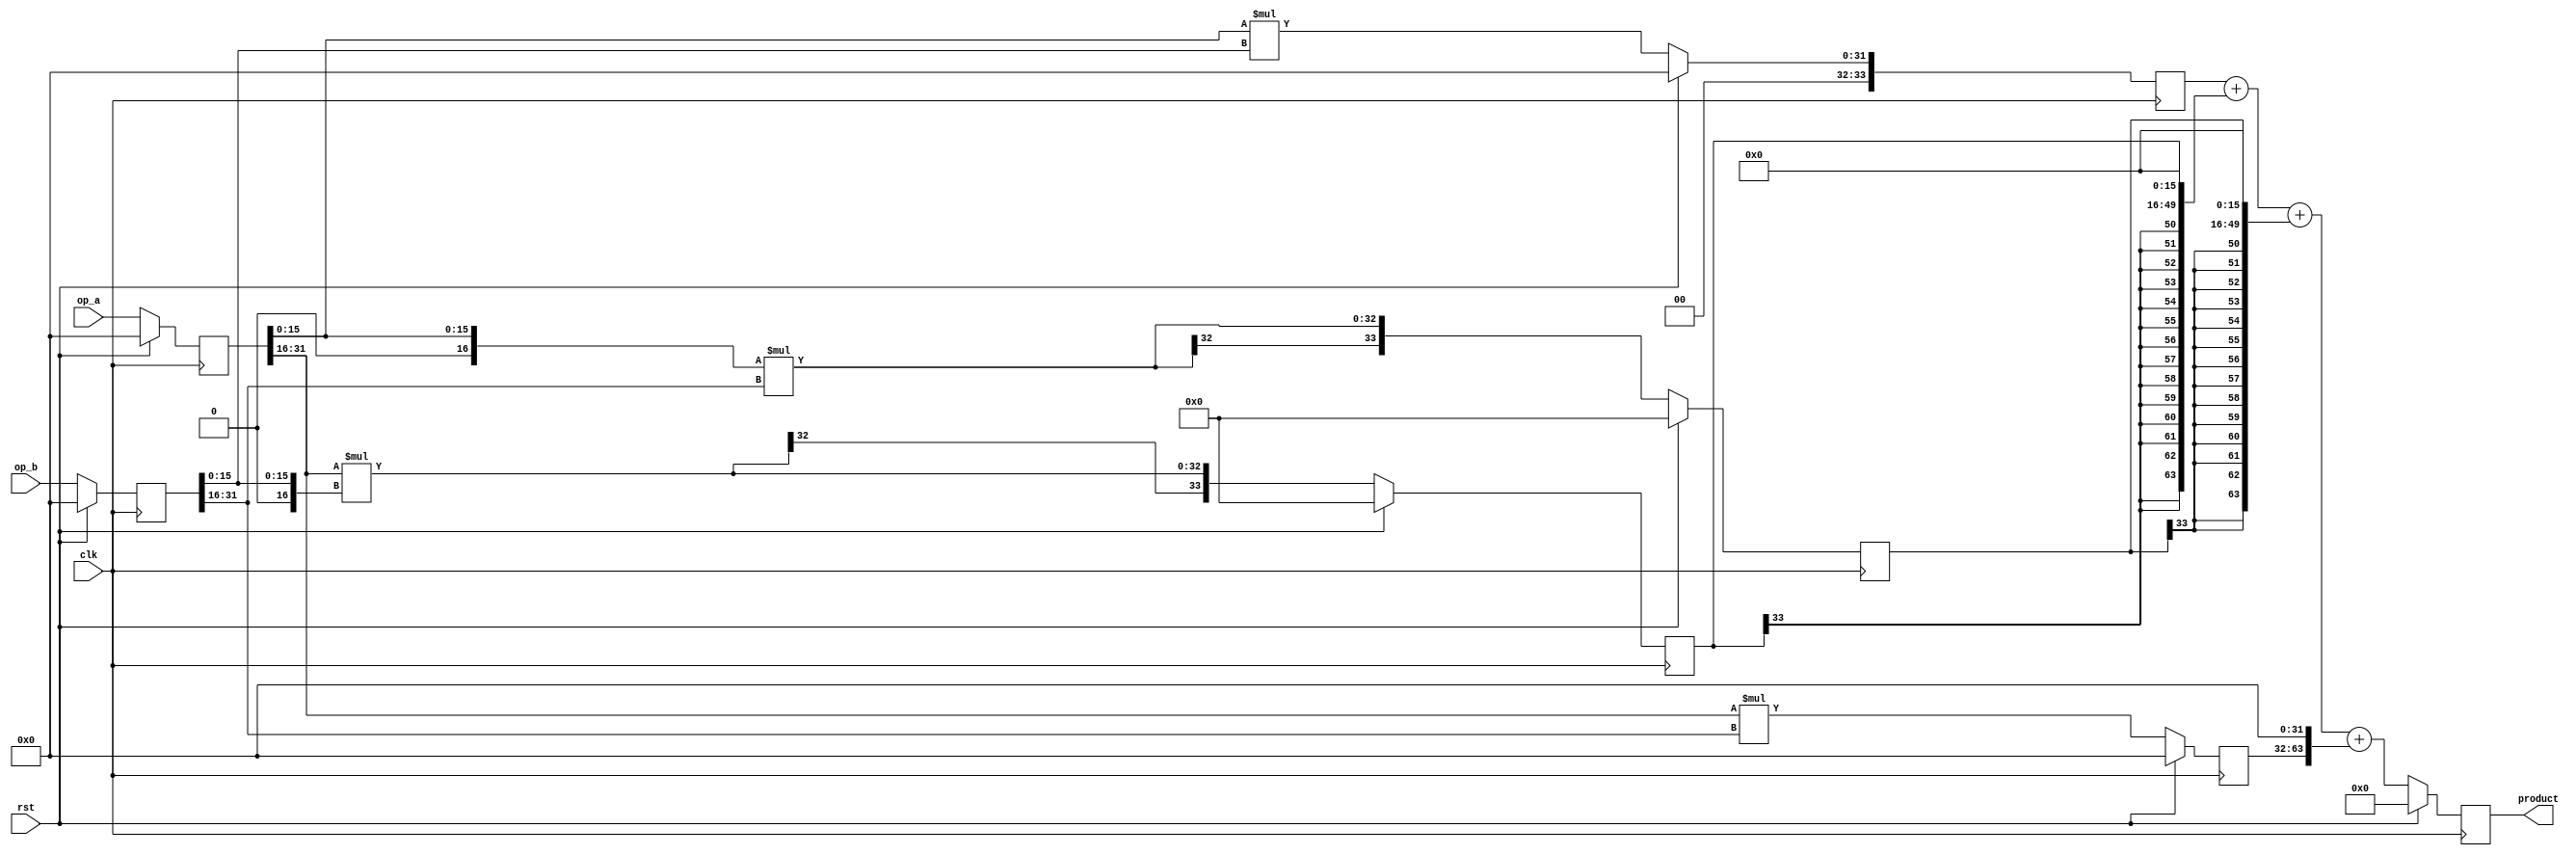
`timescale 1ns / 1ps

/*
 Module: 3-stage pipeline integer multiplier
 */

module xmul_pipe # (
	                parameter DATA_W = 32
	                )
   (
	input                     rst,
	input                     clk,

	// data
	input [DATA_W-1:0]        op_a,
	input [DATA_W-1:0]        op_b,

    output reg [2*DATA_W-1:0] product
	);

   // input registers
   reg [DATA_W-1:0]           op_a_reg;
   reg [DATA_W-1:0]           op_b_reg;

   // half words
   wire signed [DATA_W/2:0]   a_l;
   wire signed [DATA_W/2:0]   a_h;
   wire signed [DATA_W/2:0]   b_l;
   wire signed [DATA_W/2:0]   b_h;

   // stage 1 registers
   reg signed [DATA_W+1:0]    blXal;
   reg signed [DATA_W+1:0]    blXah;
   reg signed [DATA_W+1:0]    bhXal;
   reg signed [DATA_W+1:0]    bhXah;

   // compute partial operands
   assign a_l = {1'b0, op_a_reg[DATA_W/2-1:0]};
   assign a_h = {op_a_reg[DATA_W-1], op_a_reg[DATA_W-1:DATA_W/2]};
   assign b_l = {1'b0, op_b_reg[DATA_W/2-1:0]};
   assign b_h = {op_b_reg[DATA_W-1], op_b_reg[DATA_W-1:DATA_W/2]};

   // update registers 
   always @ (posedge clk) 
     if (rst) begin
        // stage 0
        op_a_reg <= {DATA_W{1'b0}};
        op_b_reg <= {DATA_W{1'b0}};

        // stage 1
        blXal <= {DATA_W+2{1'b0}};
        blXah <= {DATA_W+2{1'b0}};
        bhXal <= {DATA_W+2{1'b0}};
        bhXah <= {DATA_W+2{1'b0}};

        // stage 2
        product <= {2*DATA_W{1'b0}};
     end else begin
        // stage 0
        op_a_reg <= op_a;
        op_b_reg <= op_b;

        // stage 1
        blXal <= a_l*b_l; // partial products
        blXah <= a_h*b_l;
        bhXal <= a_l*b_h;
        bhXah <= a_h*b_h;

        // stage 2
        product <= {{DATA_W-2{1'd0}}, blXal} + {{DATA_W/2-2{blXah[DATA_W+1]}}, blXah, {DATA_W/2{1'd0}}} + {{DATA_W/2-2{bhXal[DATA_W+1]}}, bhXal, {DATA_W/2{1'd0}}} + {bhXah[DATA_W-1:0], {DATA_W{1'd0}}};
     end

endmodule